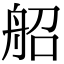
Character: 𦨣